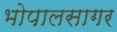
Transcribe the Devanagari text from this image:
भोपालसागर